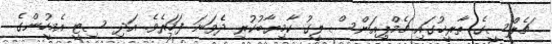
ޗެލްސީގެ ތާރީޚުގައި ޗެމްޕިއަންސް ލީގު ކާމިޔާބުކުރި ދެވަނަ ފަހަރެވެ. އަދި ސިޓީ އެމީހުންގެ